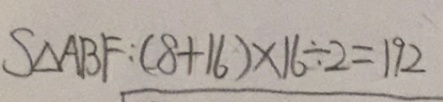
S _ { \Delta } A B F : ( 8 + 1 6 ) \times 1 6 \div 2 = 1 9 2